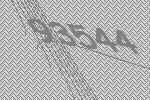
93544